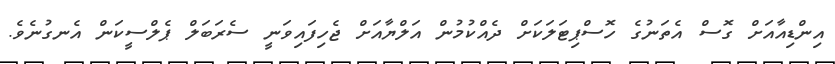
އިންޑިއާއަށް ގޮސް އެތަނުގެ ހޮސްޕިޓަލަކަށް ދެއްކުމުން އަލްޔާއަށް ޖެހިފައިވަނީ ސެރަބަލް ޕެލްސީކަން އެނގުނެވެ.